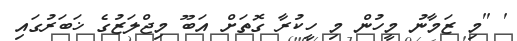
' ''މި ޒަމާނު މީހުން މި ހީކުރާ ގޮތަށް އަބޫ މިޖްލަޒުގެ ޚަބަރުގައި